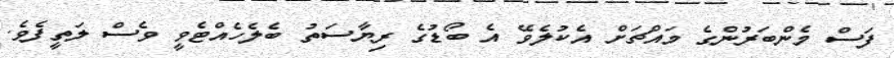
ފަސް މެންބަރުންގެ މައްޗަށް އެކުލެވޭ އެ ބޯޑުގެ ރިޔާސަތު ބެލެހެއްޓެވީ ވެސް ލަތީފެވެ.